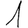
Digit: 1